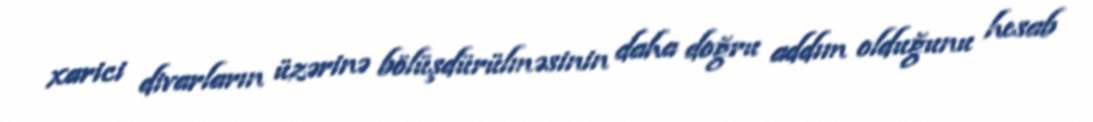
xarici divarların üzərinə bölüşdürülməsinin daha doğru addım olduğunu hesab